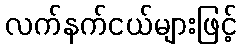
လက်နက်ငယ်များဖြင့်